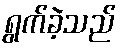
ရွက်ခဲ့သည်